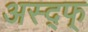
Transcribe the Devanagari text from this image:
अस्द्फ्